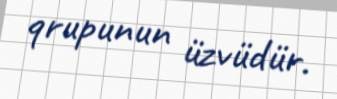
qrupunun üzvüdür.